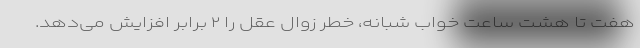
هفت تا هشت ساعت خواب شبانه، خطر زوال عقل را ۲ برابر افزایش می‌دهد.